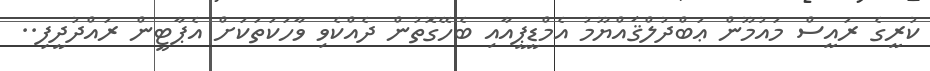
ކުރީގެ ރައީސް މައުމޫން ޢަބްދުލްޤައްޔޫމު އެމްޑީޕީއާއި ބެހޭގޮތުން ދެއްކެވި ވާހަކަތަކަށް އެޕާޓީން ރައްދުދީފި..